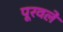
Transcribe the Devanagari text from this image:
पूरवले